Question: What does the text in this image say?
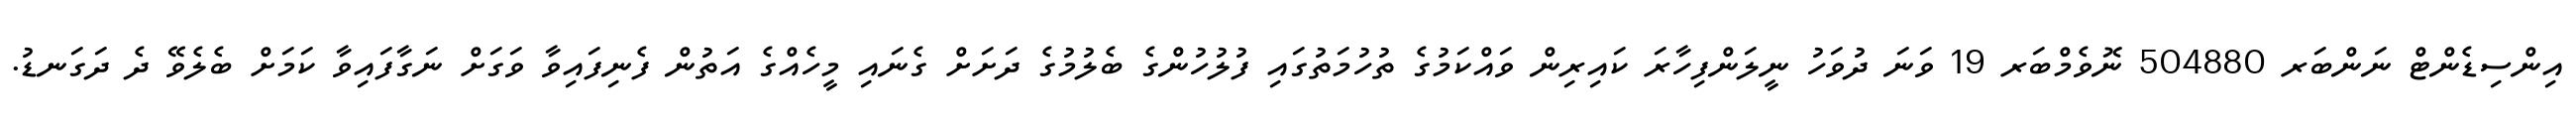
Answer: އިންސިޑެންޓް ނަންބަރ 504880 ނޮވެމްބަރ 19 ވަނަ ދުވަހު ނީލަންފިހާރަ ކައިރިން ވައްކަމުގެ ތުހުމަތުގައި ފުލުހުންގެ ބެލުމުގެ ދަށަށް ގެނައި މީހެއްގެ އަތުން ފެނިފައިވާ ވަގަށް ނަގާފައިވާ ކަމަށް ބެލެވޭ ދެ ދަގަނޑު.